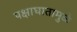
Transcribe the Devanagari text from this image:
पक्षाघातामुळे